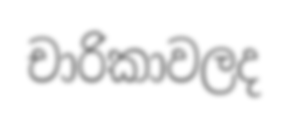
චාරිකාවලද